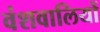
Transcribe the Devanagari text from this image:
वंशवालियों